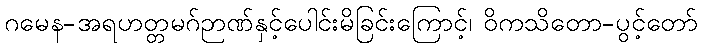
ဂမေန-အရဟတ္တမဂ်ဉာဏ်နှင့်ပေါင်းမိခြင်းကြောင့်၊ ဝိကသိတော-ပွင့်တော်